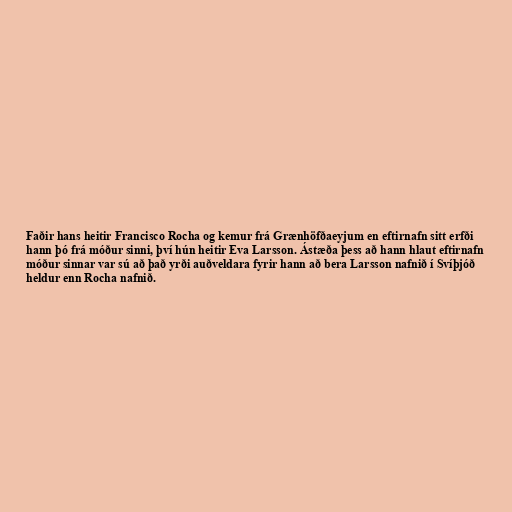
Faðir hans heitir Francisco Rocha og kemur frá Grænhöfðaeyjum en eftirnafn sitt erfði
hann þó frá móður sinni, því hún heitir Eva Larsson. Ástæða þess að hann hlaut eftirnafn
móður sinnar var sú að það yrði auðveldara fyrir hann að bera Larsson nafnið í Svíþjóð
heldur enn Rocha nafnið.